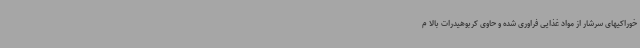
خوراکیهای سرشار از مواد غذایی فراوری شده و حاوی کربوهیدرات بالا م